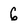
Character: 6